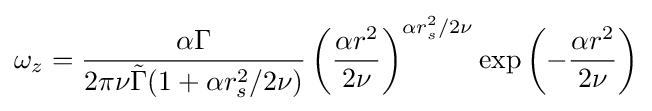
\omega _{z}={\frac {\alpha \Gamma }{2\pi \nu {\tilde {\Gamma }}(1+\alpha r_{s}^{2}/2\nu )}}\left({\frac {\alpha r^{2}}{2\nu }}\right)^{\alpha r_{s}^{2}/2\nu }\exp \left(-{\frac {\alpha r^{2}}{2\nu }}\right)